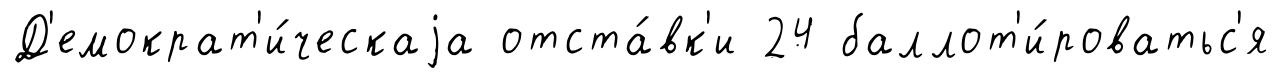
Д'емократ'и́ческаjа отста́вк'и 24 баллот'и́роватьс'я